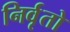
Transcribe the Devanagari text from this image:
निर्वृतो